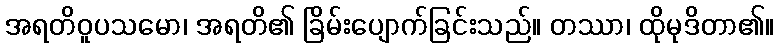
အရတိဝူပသမော၊ အရတိ၏ ခြိမ်းပျောက်ခြင်းသည်။ တဿာ၊ ထိုမုဒိတာ၏။